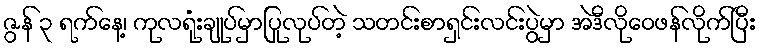
ဇွန် ၃ ရက်နေ့၊ ကုလရုံးချုပ်မှာပြုလုပ်တဲ့ သတင်းစာရှင်းလင်းပွဲမှာ အဲဒီလိုဝေဖန်လိုက်ပြီး